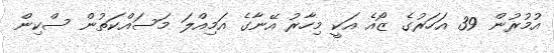
އުމުރުން 39 އަހަރުގެ ޒޯއެ އަކީ މިހާރު އޭނާގެ އަމިއްލަ މަސައްކަތުން ސްކިން